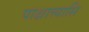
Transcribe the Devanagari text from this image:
पाश्चात्त्यासि